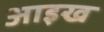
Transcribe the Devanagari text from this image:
आइख